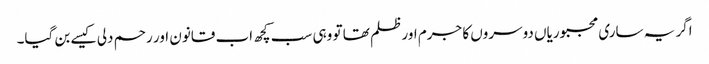
اگر یہ ساری مجبوریاں دوسروں کا جرم اور ظلم تھا تو وہی سب کچھ اب قانون اور رحم دلی کیسے بن گیا۔